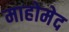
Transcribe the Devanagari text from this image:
माहोमेद